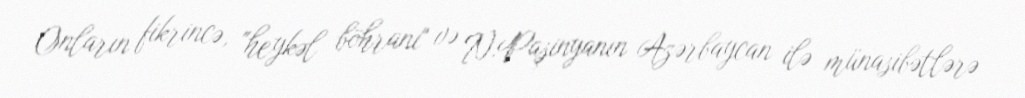
Onların fikrincə, "heykəl böhranı" və N.Paşinyanın Azərbaycan ilə münasibətlərə